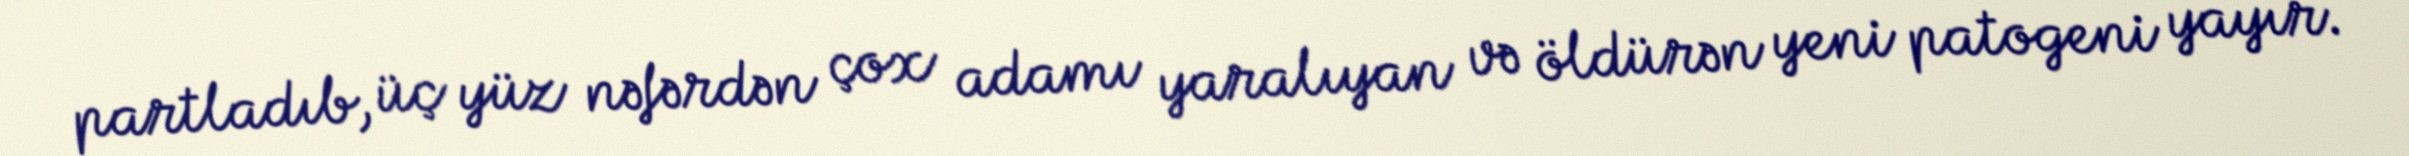
partladıb, üç yüz nəfərdən çox adamı yaralıyan və öldürən yeni patogeni yayır.